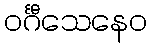
ဝင်္ဂီသေနေဝ